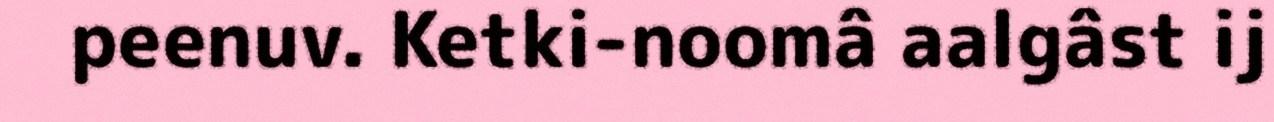
peenuv. Ketki-noomâ aalgâst ij